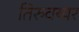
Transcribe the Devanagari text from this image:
तिरुवय्यर